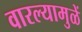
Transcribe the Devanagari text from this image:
वारल्यामुळें